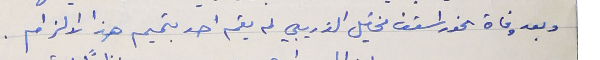
وبعد وفاة الخوراسقف مخايل الذريبي لم يقم احد بتميم هذا الالزام .